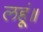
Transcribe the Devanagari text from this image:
लहूं॥